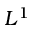
L ^ { 1 }